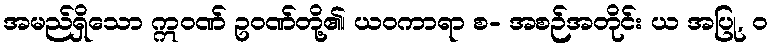
အမည်ရှိသော ဣဝဏ် ဥဝဏ်တို့၏၊ ယဝကာရာ စ- အစဉ်အတိုင်း ယ အပြု, ဝ